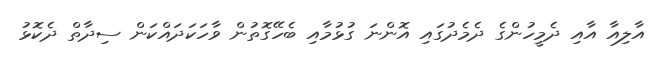
އާލިއާ އާއި ދެމީހުންގެ ދެމެދުގައި އޮންނަ ގުޅުމާއި ބެހޭގޮތުން ވާހަކަދައްކަން ސިދާތް ދެކޮޅު